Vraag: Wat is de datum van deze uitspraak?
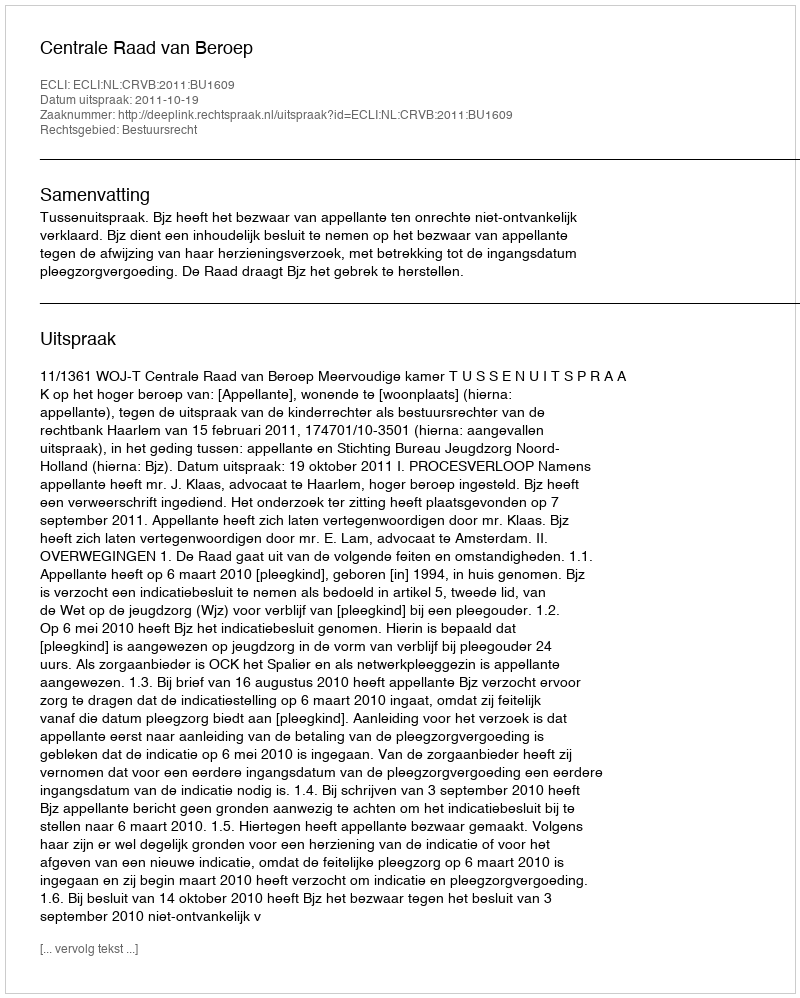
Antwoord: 2011-10-19